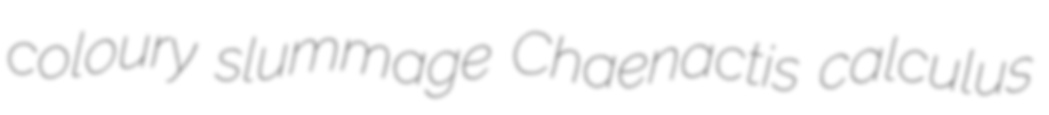
coloury slummage Chaenactis calculus